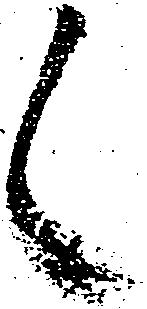
候